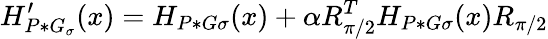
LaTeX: H_{P*G_{\sigma}}^{\prime}(x)=H_{P*G{\sigma}}(x)+\alpha R_{\pi/2}^{T}H_{P*G{\sigma}}(x)R_{\pi/2}